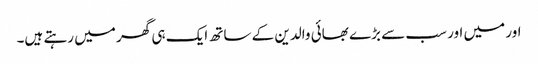
اور میں اور سب سے بڑے بھائی والدین کے ساتھ ایک ہی گھر میں رہتے ہیں۔